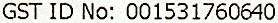
GST ID NO: 001531760640